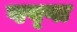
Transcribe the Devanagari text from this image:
पप्प्त